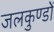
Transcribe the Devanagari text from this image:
जलकुण्डों